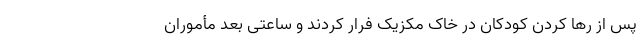
پس از رها کردن کودکان در خاک مکزیک فرار کردند و ساعتی بعد مأموران